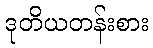
ဒုတိယတန်းစား